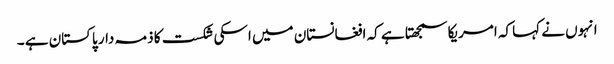
انہوں نے کہا کہ امریکا سمجھتا ہے کہ افغانستان میں اسکی شکست کا ذمہ دار پاکستان ہے ۔